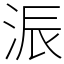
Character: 浱